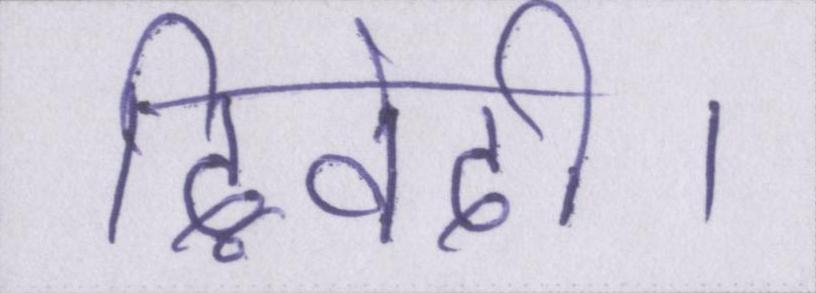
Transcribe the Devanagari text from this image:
द्विवेदी।